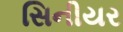
સિનીયર